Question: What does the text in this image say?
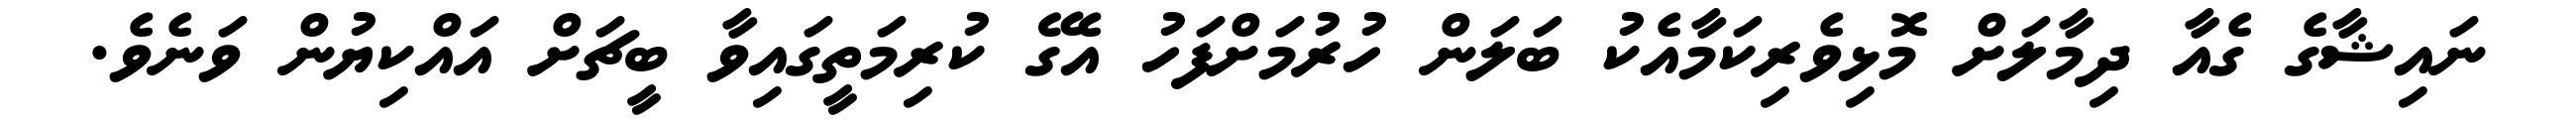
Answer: ނައިޝާގެ ގެއާ ދިމާލަށް މޮޅިވެރިކަމާއެކު ބަލަން ހުރުމަށްފަހު އެގޭ ކުރިމަތީގައިވާ ބީޗަށް އައްކިޔުން ވަނެވެ.